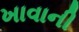
ખાવાની